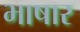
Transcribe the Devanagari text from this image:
भाषार